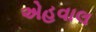
એહવાલ